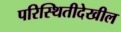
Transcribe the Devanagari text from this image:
परिस्थितीदेखील